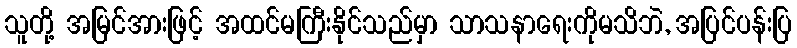
သူတို့ အမြင်အားဖြင့် အထင်မကြီးနိုင်သည်မှာ သာသနာရေးကိုမသိဘဲ, အပြင်ပန်းပြ